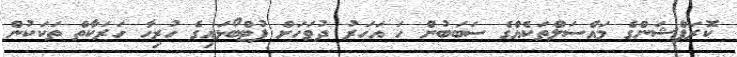
ކޮރަޕްޝަންގެ މައްސަލްތަކެއްގެ ސަބަބުން ހަ އަހަރު ދުވަހަށް ފުޓްބޯޅައިގެ ހުރިހާ ހަރަކާތް ތަކަކުން